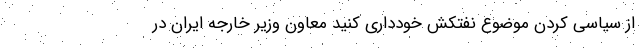
از سیاسی‌ کردن موضوع نفتکش خودداری کنید معاون وزیر خارجه ایران در